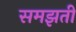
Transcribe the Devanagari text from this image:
समझतीं